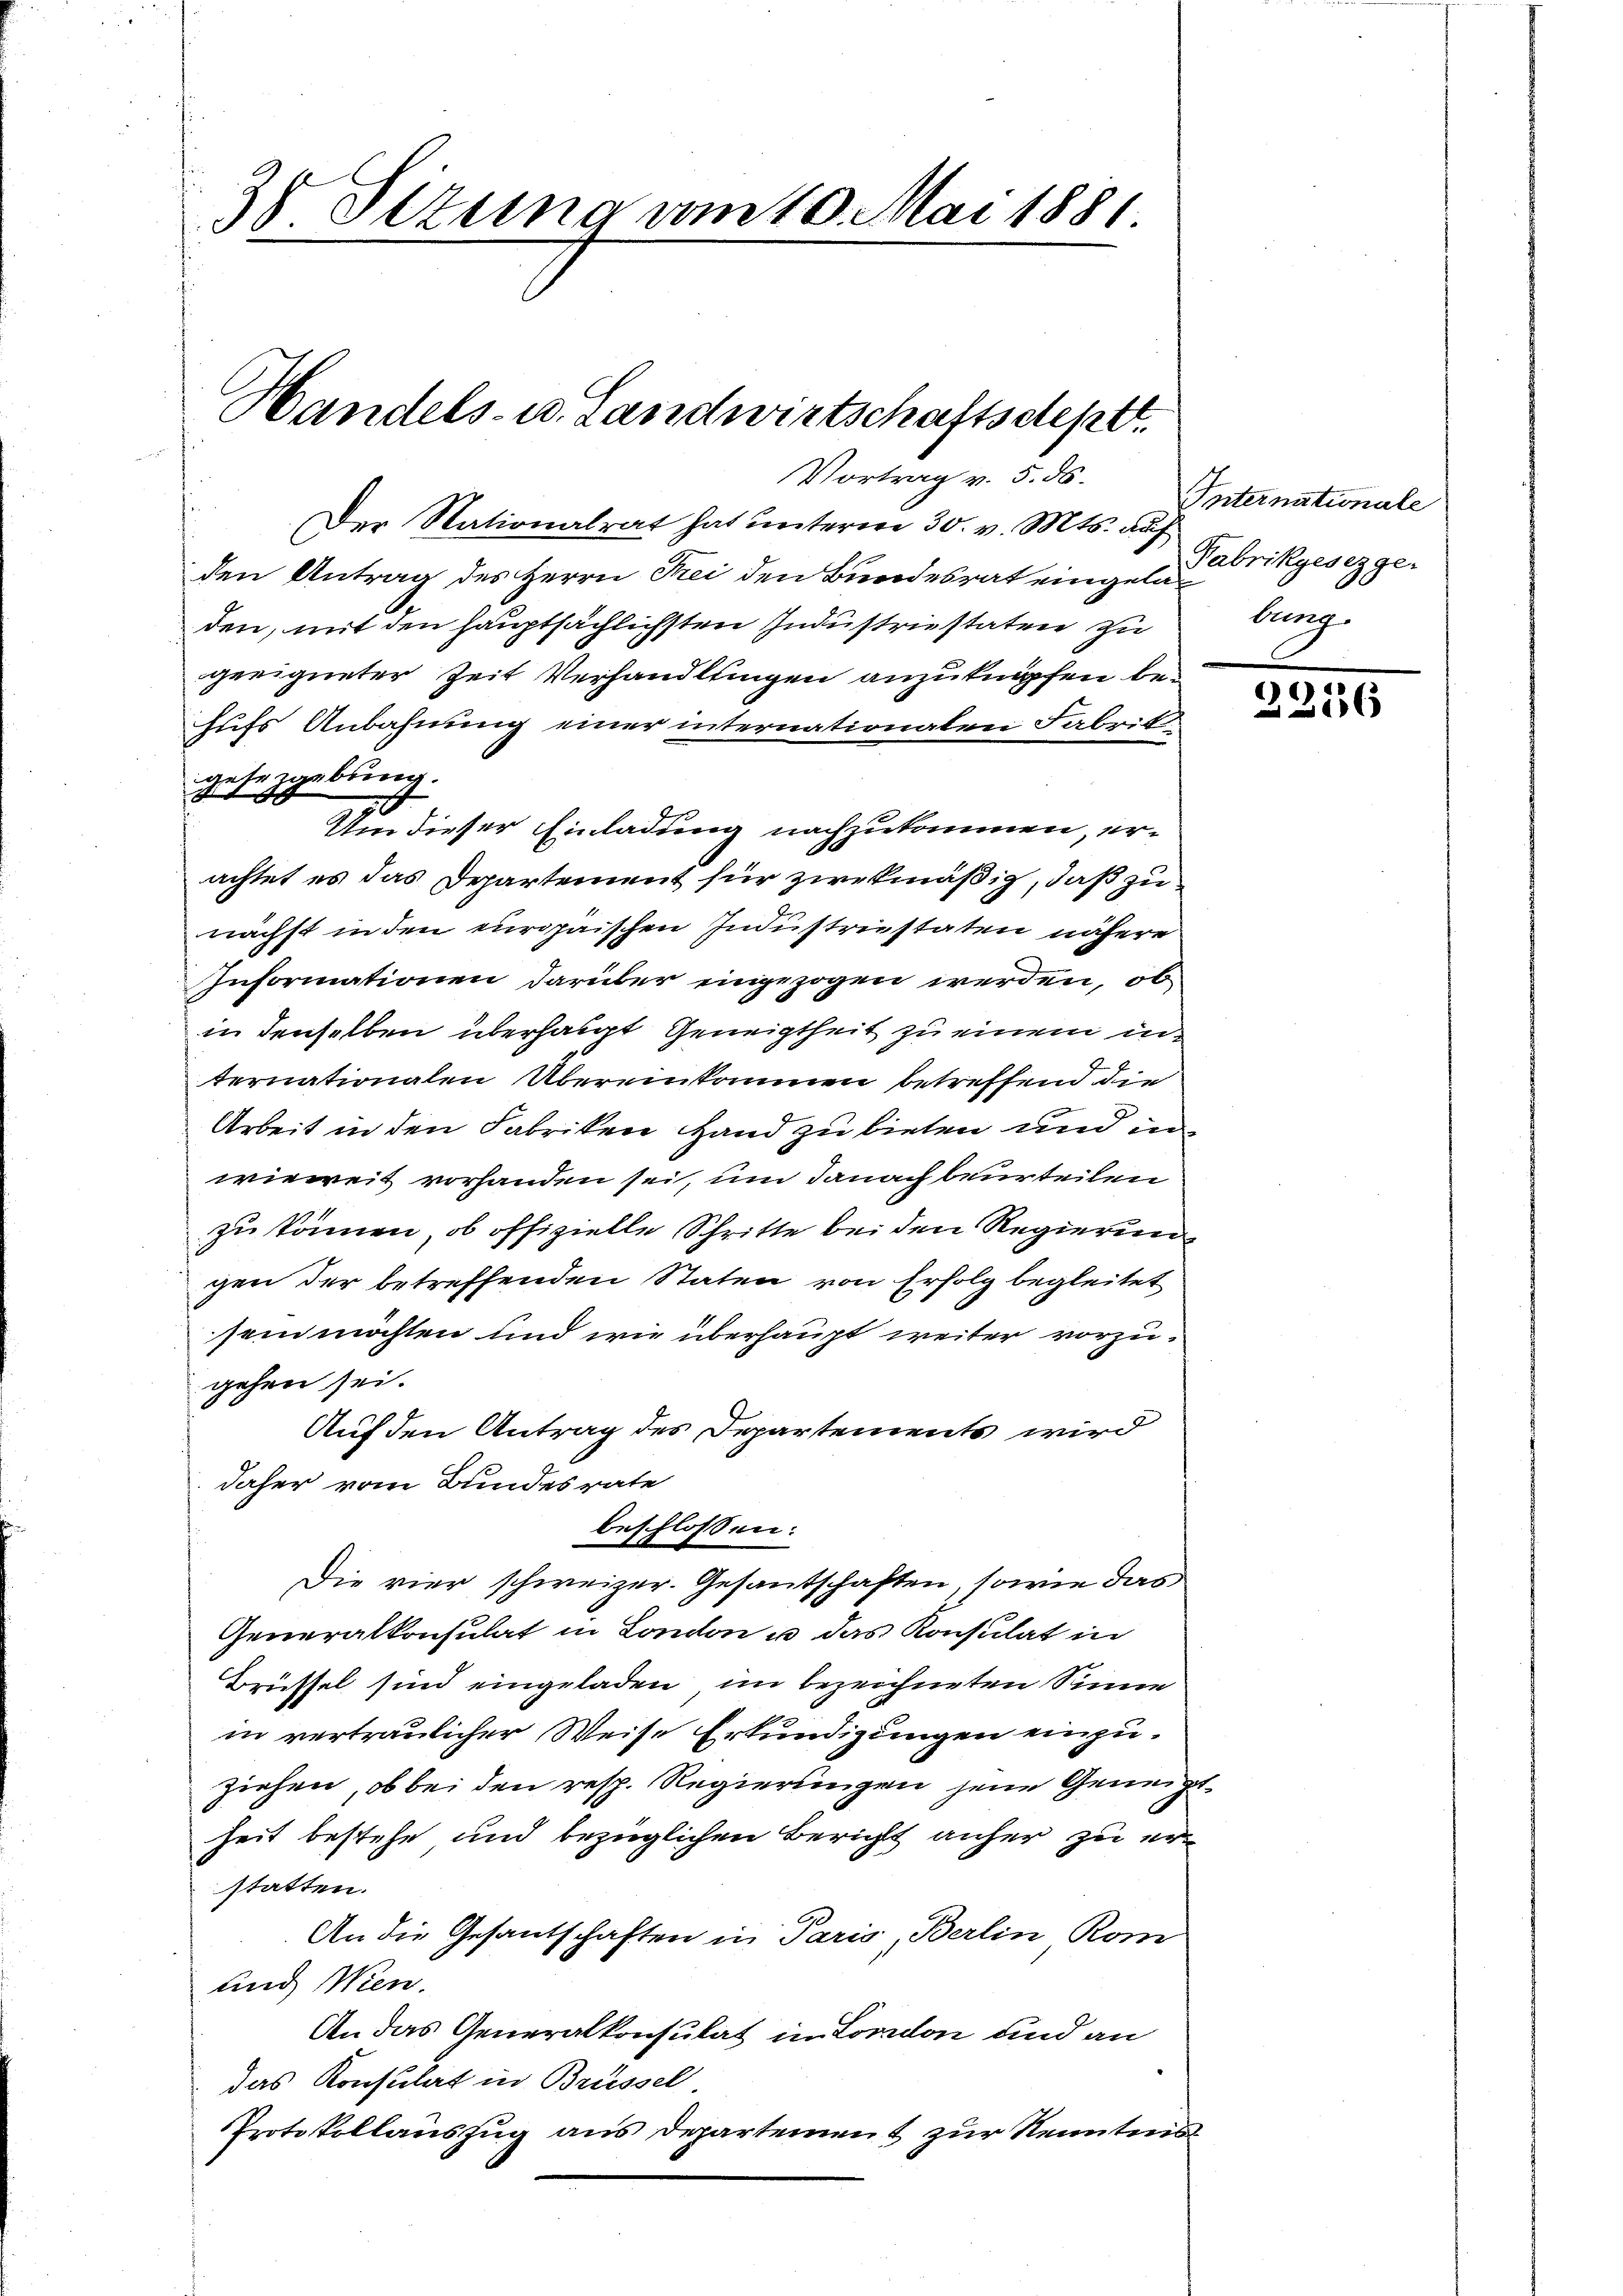
38 Situng am 10. Mai 1881.

Handels- u. Landwirtschaftsdeptt.
Vortrag v. 5. ds.

Der Nationalrat hat unterm 30. v. Mts. auf
den Antrag des Herrn Frei den Bundesrat eingel gesez geden, mit den hauptsächlichsten Industriestaten zu
geeigneter Zeit Verhandltingen anzuknüpfen behufs Anbahnung einer internationalen Fabrik
gesezgebung.
u
Um dieser Einladung nachzukommen, erachtet es das Departement für zwekmäßig, daß zu
nächst in den europaischen Industriestaten nähere
Informationen darüber eingezogen werden, ob
in denselben überhalt Geneigtheit zu einem internationalen Übereinkommen betreffend die
Arbeit in den Fabriken Hand zu bieten und in
wieweit vorhanden sei, um danach beurteilen
zu können, ob offizielle Schritte bei den Regierung
gen der betreffenden Staten von Erfolg begleitet
sein möchten und wie überhaupt weiter vorzugehen sei.
Auf den Antrag des Departements wird
daher vom Bundesrate
beschlossen:
Die vier schweizer. Gesantschaften, sowie das
Generalkonsulat in London u. das Konsulat in
Brüssel sind eingeladen, im bezeichneten Sinne
in vertraulicher Weise Erkundigungen einzuziehen, ob bei den resp. Regierungen jene Geneigeheit bestehe und bezüglichen Bericht anher zu erstatten.
An die Gesantschaften in Paris, Berlin, Rom
und Wien.
An das Generalkonsulat in London und an
das Konsulat in Brüssel
Protokollauszug aus Departement zur Kenntnis

Internationale
lung

2236